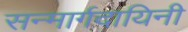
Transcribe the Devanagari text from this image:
सन्मार्गदायिनी